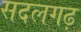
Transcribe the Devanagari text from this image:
सदलगढ़